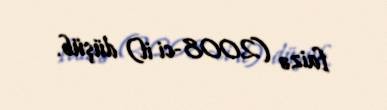
faizə (2008-ci il) düşüb.